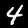
Label: 4